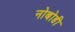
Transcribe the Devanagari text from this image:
नोबोडी